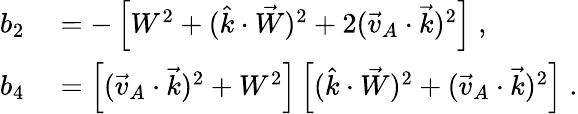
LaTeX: \begin{array}{rl}{b_{2}}&{{}=-\left[W^{2}+(\hat{k}\cdot\vec{W})^{2}+2(\vec{v}_{A}\cdot\vec{k})^{2}\right]\; ,}\\ {b_{4}}&{{}=\left[(\vec{v}_{A}\cdot\vec{k})^{2}+W^{2}\right]\left[(\hat{k}\cdot\vec{W})^{2}+(\vec{v}_{A}\cdot\vec{k})^{2}\right]\; .}\end{array}